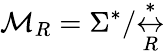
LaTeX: {\mathcal{M}}_{R}=\Sigma^{*}/{\overset{*}{\underset{R}{\leftrightarrow}}}